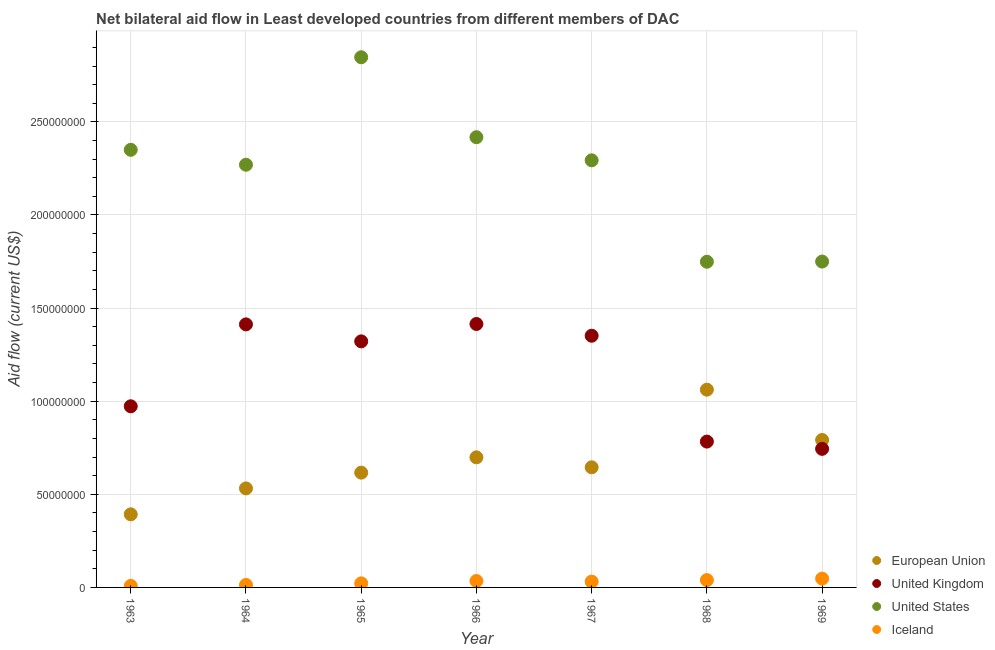
| Year | European Union | United Kingdom | United States | Iceland |
 | --- | --- | --- | --- | --- |
 | 1963 | 3.93e+07 | 9.73e+07 | 2.35e+08 | 8.3e+05 |
 | 1964 | 5.32e+07 | 1.41e+08 | 2.27e+08 | 1.33e+06 |
 | 1965 | 6.16e+07 | 1.32e+08 | 2.85e+08 | 2.18e+06 |
 | 1966 | 6.99e+07 | 1.41e+08 | 2.42e+08 | 3.46e+06 |
 | 1967 | 6.45e+07 | 1.35e+08 | 2.29e+08 | 3.12e+06 |
 | 1968 | 1.06e+08 | 7.83e+07 | 1.75e+08 | 3.94e+06 |
 | 1969 | 7.92e+07 | 7.44e+07 | 1.75e+08 | 4.74e+06 |